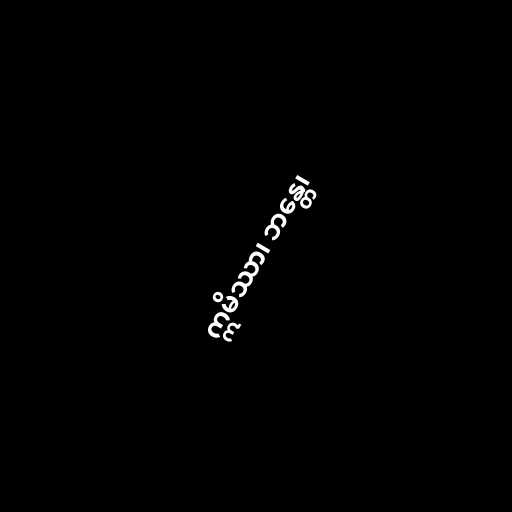
ဣမိဿာ၊ ဘန္တေ၊